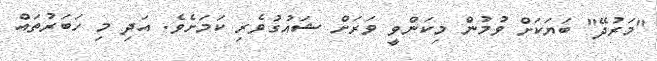
"މަރުދޭ" ބަޔަކަށް ވުމުން މިކަންވީ ވަރަށް ޝައުގުވެރި ކަމަށެވެ. އަދި މި ހަބަރުތައް